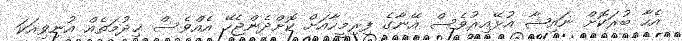
އެހާ ބުރަކޮށް ނައިޝާ އުޅޭއިރުވެސް އޭނާގެ ފިރިމީހާއަށް ކޮށްދެންޖެހޭ އެއްވެސް ޚިދުމަތެއް އުނިވިއަކަ